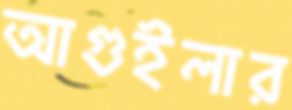
আগুইলার